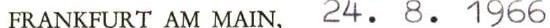
FRANKFURT AM MAIN, 24. 8. 1966